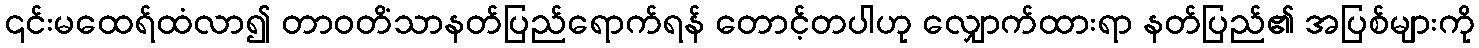
၎င်းမထေရ်ထံလာ၍ တာဝတိံသာနတ်ပြည်ရောက်ရန် တောင့်တပါဟု လျှောက်ထားရာ နတ်ပြည်၏ အပြစ်များကို